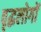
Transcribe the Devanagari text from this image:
वृद्धलोगों